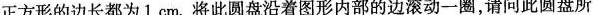
正方形的边长都为1em。将此圆盘沿着图形内部的边滚动一圈，请问此圆盘所